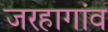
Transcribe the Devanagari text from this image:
जरहागांव